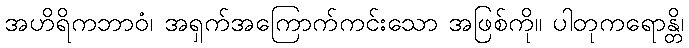
အဟိရိကဘာဝံ၊ အရှက်အကြောက်ကင်းသော အဖြစ်ကို။ ပါတုကရောန္တိ၊